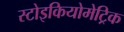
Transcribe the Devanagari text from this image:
स्टोइकियोमेट्रिक